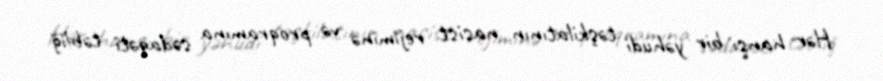
Hər hansı bir yəhudi təşkilatının nasist rejiminə və proqramına sədaqəti təbliğ